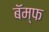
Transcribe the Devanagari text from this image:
बॅम्फ